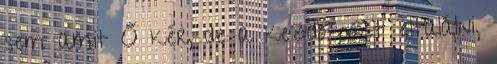
sem amit Ő kér, de a kezdő pózt eltalálni,